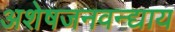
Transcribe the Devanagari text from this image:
अशेषजनवन्द्याय